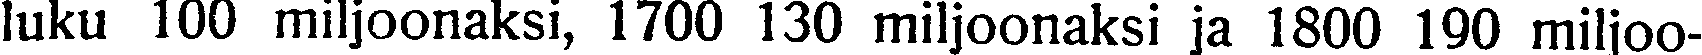
luku 100 miljoonaksi, 1700 130 miljoonaksi ja 1800 190 miljoo-